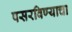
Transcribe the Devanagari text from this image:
पसरविण्याचा